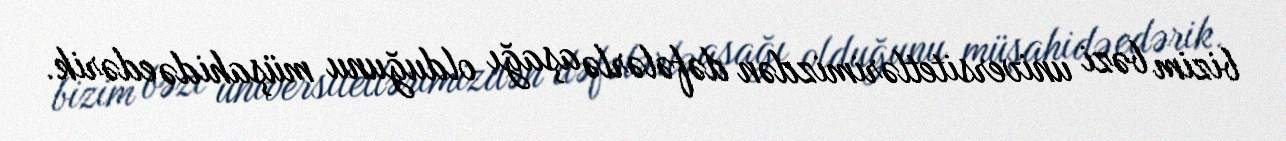
bizim bəzi universitetlərimizdən dəfələrlə aşağı olduğunu müşahidə edərik.